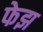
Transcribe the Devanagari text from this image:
फेझ